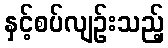
နှင့်စပ်လျဉ်းသည့်